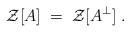
\begin{align*}{\mathcal Z}[A] \;=\; {\mathcal Z}[A^\perp] \;.\end{align*}